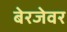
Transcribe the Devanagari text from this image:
बेरजेवर